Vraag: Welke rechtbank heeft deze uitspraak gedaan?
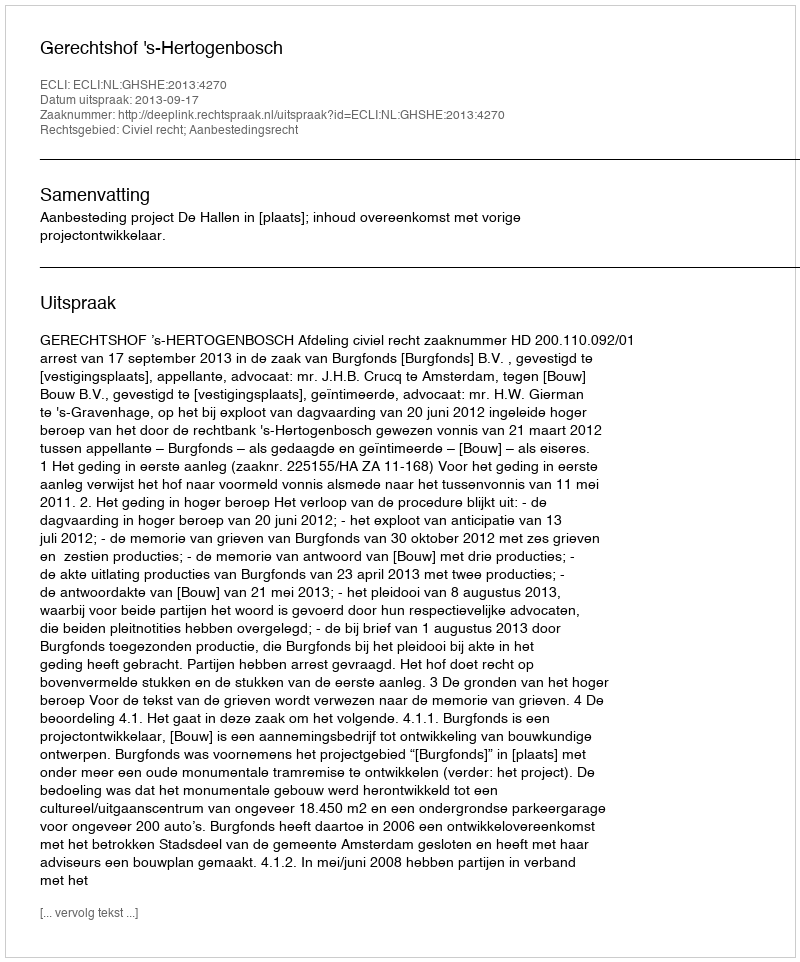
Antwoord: Gerechtshof 's-Hertogenbosch